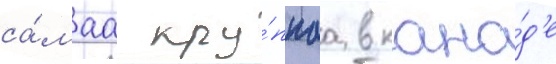
са́маа кру́пнаа в кана́д'е